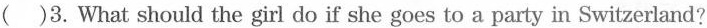
( )3.What should the girl do if she goes to a party in Switzerland?